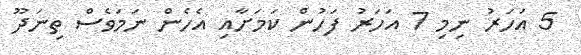
5 އަހަރު ނިމި 7 އަހަރު ފަހުން ކަމަށާއި އެހެން ނަމަވެސް ތިނަދޫ